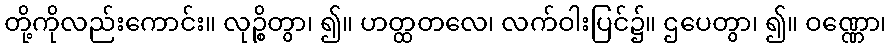
တို့ကိုလည်းကောင်း။ လုဉ္စိတွာ၊ ၍။ ဟတ္ထတလေ၊ လက်ဝါးပြင်၌။ ဌပေတွာ၊ ၍။ ဝဏ္ဏော၊